Source: Computer-generated
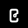
Digit: ၉ (9)